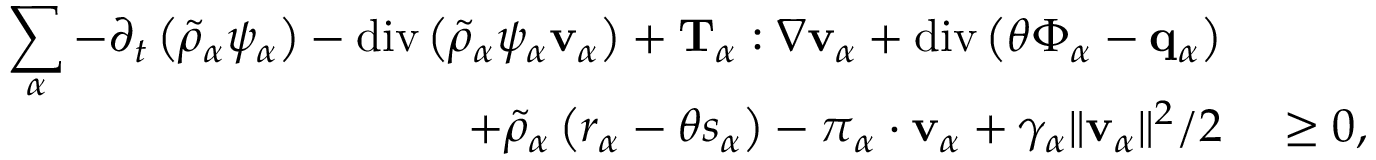
\begin{array} { r l } { \displaystyle \sum _ { \alpha } - \partial _ { t } \left( \tilde { \rho } _ { \alpha } \psi _ { \alpha } \right) - \mathrm { d i v } \left( \tilde { \rho } _ { \alpha } \psi _ { \alpha } \mathbf { v } _ { \alpha } \right) + \mathbf { T } _ { \alpha } : \nabla \mathbf { v } _ { \alpha } + \mathrm { d i v } \left( \theta \boldsymbol { \Phi } _ { \alpha } - \mathbf { q } _ { \alpha } \right) } & { } \\ { + \tilde { \rho } _ { \alpha } \left( r _ { \alpha } - \theta s _ { \alpha } \right) - \boldsymbol { \pi } _ { \alpha } \cdot \mathbf { v } _ { \alpha } + \gamma _ { \alpha } \| \mathbf { v } _ { \alpha } \| ^ { 2 } / 2 } & { ~ \geq 0 , } \end{array}